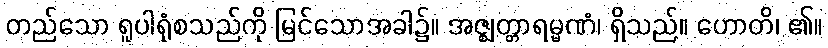
တည်သော ရူပါရုံစသည်ကို မြင်သောအခါ၌။ အဇ္ဈတ္တာရမ္မဏံ၊ ရှိသည်။ ဟောတိ၊ ၏။